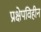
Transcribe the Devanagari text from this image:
प्रक्षेपविहीन